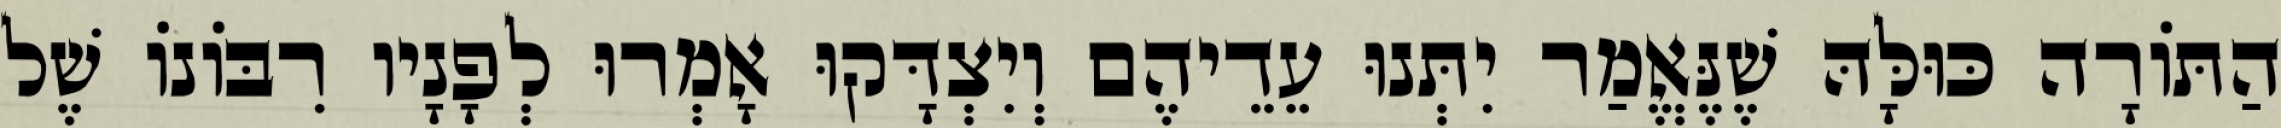
הַתּוֹרָה כּוּלָּהּ שֶׁנֶּאֱמַר יִתְּנוּ עֵדֵיהֶם וְיִצְדָּקוּ אָמְרוּ לְפָנָיו רִבּוֹנוֹ שֶׁל